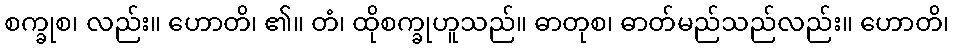
စက္ခုစ၊ လည်း။ ဟောတိ၊ ၏။ တံ၊ ထိုစက္ခုဟူသည်။ ဓာတုစ၊ ဓာတ်မည်သည်လည်း။ ဟောတိ၊